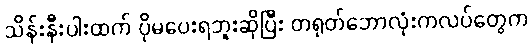
သိန်းနီးပါးထက် ပိုမပေးရဘူးဆိုပြီး တရုတ်ဘောလုံးကလပ်တွေက